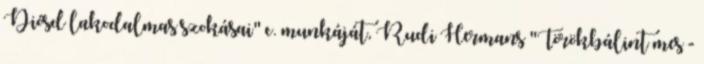
Diósd lakodalmas szokásai" c. munkáját, Rudi Hermans "Törökbálint mes�-